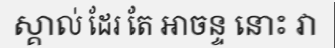
ស្គាល់ ដែរ តែ អាចន្ទ នោះ វា